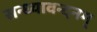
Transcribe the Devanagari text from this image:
सन्ध्यावन्दनम्